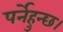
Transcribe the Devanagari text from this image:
पर्नेहुन्छ।